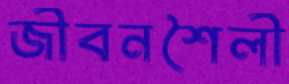
জীবনশৈলী